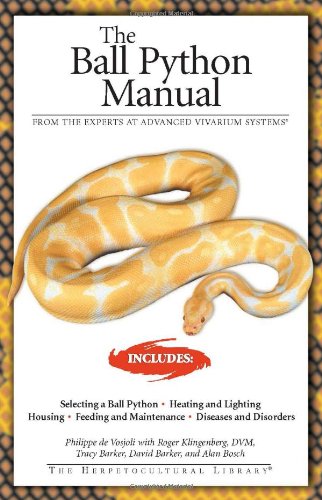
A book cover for The Ball Python Manual (Herpetocultural Library); Philippe De Vosjoli; Crafts, Hobbies & Home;